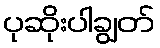
ပုဆိုးပါချွတ်